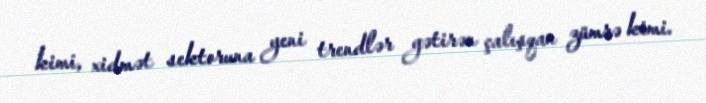
kimi, xidmət sektoruna yeni trendlər gətirən çalışqan zümrə kimi.